Insane asylums in Bengal annual reports 1876-1887 - 1876-1887
Year: 1876
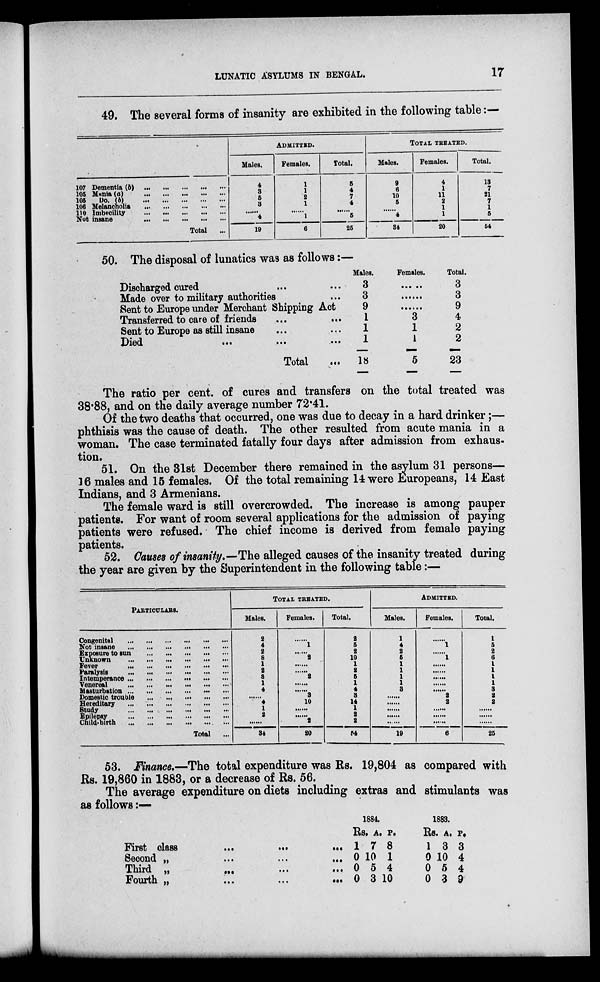
LUNATIC ASYLUMS IN BENGAL.
17
49. The several forms of insanity are exhibited in the following table:—
107 Dementia (b) ... ... ... ... ...
105 Mania (a) ... ... ... ... ...
105
Do. (b) ... ... ... ... ...
106 Melancholia ... ... ... ... ...
110 Imbecility ... ... ... ... ...
Not insane ... ... ... ... ...
Total ...
ADMITTED.
Males.
4
3
5
3
......
4
19
Females.
1
1
2
1
......
1
6
Total.
5
4
7
4
.....
5
25
TOTAL TREATED.
Males.
9
6
10
5
......
4
34
Females.
4
1
11
2
1
1
20
Total.
13
7
21
7
1
5
54
50. The disposal of lunatics was as follows:—
Discharged cured ... ...
Made over to military authorities ...
Bent to Europe under Merchant Shipping Act
Transferred to care of friends ... ...
Sent to Europe as still insane ... ...
Died ... ... ...
Total ...
Males.
3
3
9
1
1
1
18
Females.
......
......
......
3
1
1
5
Total.
3
3
9
4
2
2
23
The ratio per cent. of cures and transfers on the total treated was
38.88, and on the daily average number 72.41.
Of the two deaths that occurred, one was due to decay in a hard drinker;—
phthisis was the cause of death. The other resulted from acute mania in a
woman. The case terminated fatally four days after admission from exhaus-
tion.
51. On the 31st December there remained in the asylum 31 persons—
16 males and 15 females. Of the total remaining 14 were Europeans, 14 East
Indians, and 3 Armenians.
The female ward is still overcrowded. The increase is among pauper
patients. For want of room several applications for the admission of paying
patients were refused. The chief income is derived from female paying
patients.
52. Causes of insanity.—The alleged causes of the insanity treated during
the year are given by the Superintendent in the following table:—
PARTICULARS.
Congenital ... ... ... ... ... ...
Not insane ... ... ... ... ... ...
Exposure to sun ... ... ... ... ...
Unknown ... ... ... ... ... ...
Fever ... ... ... ... ... ...
Paralysis ... ... ... ... ... ...
Intemperance ... ... ... ... ... ...
Venereal ... ... ... ... ... ...
Masturbation ... ... ... ... ... ...
Domestic trouble ... ... ... ... ...
Hereditary ... ... ... ... ... ...
Study ... ... ... ... ... ...
Epilepsy ... ... ... ... ... ...
Child-birth ... ... ... ... ... ...
Total
...
TOTAL TREATED.
Males.
2
4
2
8
1
2
3
1
4
......
4
1
2
......
34
Females.
......
1
......
2
......
......
2
......
......
3
10
......
......
2
20
Total.
2
5
2
10
1
2
5
1
4
3
14
1
2
2
54
ADMITTED.
Males.
1
4
2
5
1
1
1
1
3
......
......
......
......
19
Females.
......
1
......
1
......
......
......
......
......
2 2
......
......
......
6
Total.
1
5 2
6
1
1
1
1
3
2
2
......
......
......
25
53. Finance.—The total expenditure was Rs. 19,804 as compared with
Rs. 19,860 in 1883, or a decrease of Rs. 56.
The average expenditure on diets including extras and stimulants was
as follows:—
First class ... ... ...
Second „ ... ... ...
Third „ ... ... ...
Fourth „ ... ... ...
1884.
Rs
1
0
0
0
A.
7
10
5
3
P.
8
1
4
10
1883.
Rs.
1
0
0
0
A.
3
10
5
3
P.
3
4
4
9